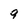
Character: 9